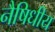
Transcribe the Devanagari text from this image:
नैषिधीय